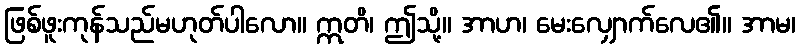
ဖြစ်ဖူးကုန်သည်မဟုတ်ပါလော။ ဣတိ၊ ဤသို့။ အာဟ၊ မေးလျှောက်လေ၏။ အာမ၊